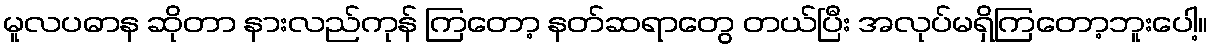
မူလပဓာန ဆိုတာ နားလည်ကုန် ကြတော့ နတ်ဆရာတွေ တယ်ပြီး အလုပ်မရှိကြတော့ဘူးပေါ့။